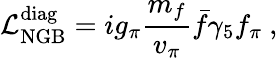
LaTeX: {\cal{L}}_{\mathrm{NGB}}^{\mathrm{diag}}=ig_{\pi}\frac{m_{f}}{v_{\pi}}\bar{f}\gamma_{5}f_{\pi}~,